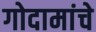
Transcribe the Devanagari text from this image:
गोदामांचे